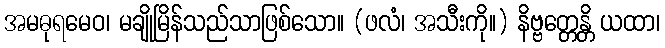
အမဓုရမေဝ၊ မချိုမြိန်သည်သာဖြစ်သော။ (ဖလံ၊ အသီးကို။) နိဗ္ဗတ္တေန္တိ ယထာ၊